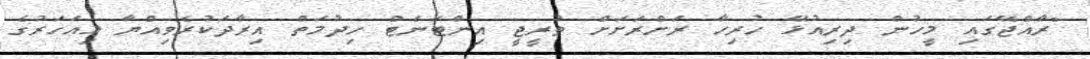
"ރާއްޖޭގައި މީހުން ދިރިއުޅޭ ހުރިހާ ރަށްރަށަށް ތުރީޖީ އިންޓަނެޓް ހިދުމަތް އިރާދަކުރެވިއްޔާ މިއަހަރުގެ